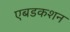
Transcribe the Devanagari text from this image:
एबडकशन